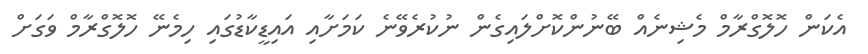
އެކަން ހޮލޮގްރާމް މެޝިނެއް ބޭނުންކޮށްލައިގެން ނުކުރެވޭނެ ކަމަށާއި އައިޑީކާޑުގައި ހިމެނޭ ހޮލޮގްރާމް ވަގަށް